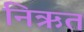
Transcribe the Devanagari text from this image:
निऋत